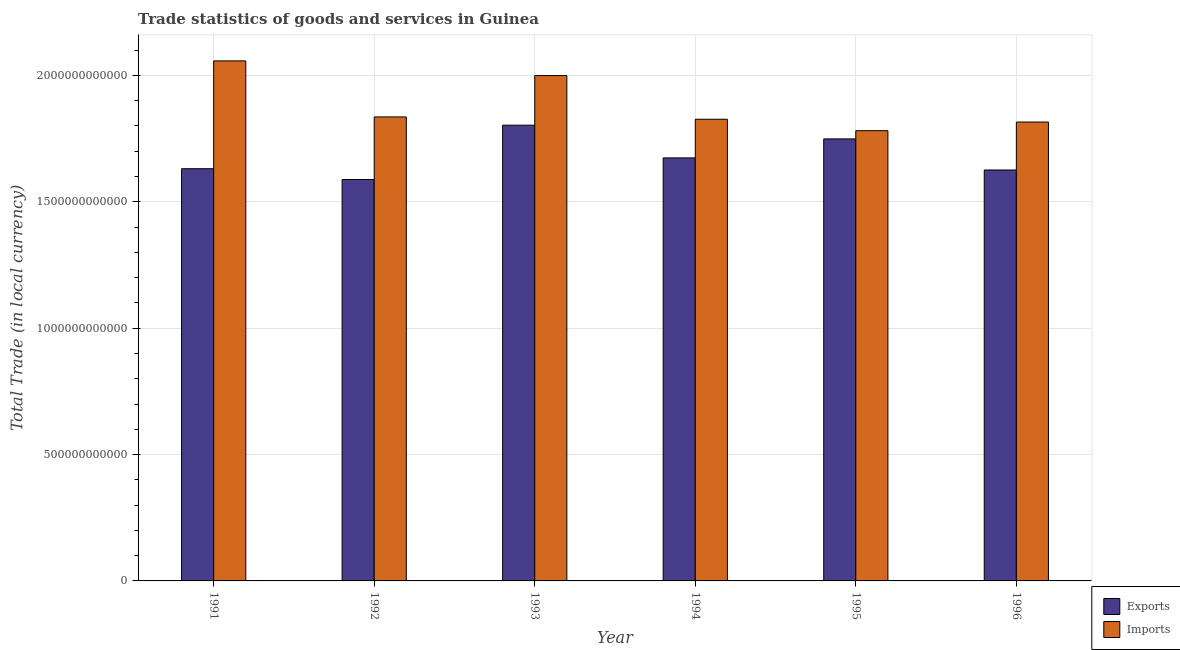
| Year | Exports | Imports |
 | --- | --- | --- |
 | 1991 | 1.63e+12 | 2.06e+12 |
 | 1992 | 1.59e+12 | 1.84e+12 |
 | 1993 | 1.8e+12 | 2e+12 |
 | 1994 | 1.67e+12 | 1.83e+12 |
 | 1995 | 1.75e+12 | 1.78e+12 |
 | 1996 | 1.63e+12 | 1.82e+12 |